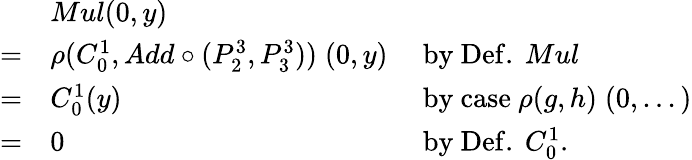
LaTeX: {\begin{array}{lll}&{Mul(0,y)}\\ {=}&{\rho(C_{0}^{1},Add\circ(P_{2}^{3},P_{3}^{3}))\; (0,y)}&{{\mathrm{~by~Def.~}}Mul}\\ {=}&{C_{0}^{1}(y)}&{{\mathrm{~by~case~}}\rho(g,h)\; (0,...)}\\ {=}&{0}&{{\mathrm{~by~Def.~}}C_{0}^{1}.}\end{array}}